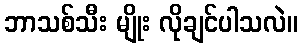
ဘာသစ်သီး မျိုး လိုချင်ပါသလဲ။